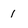
Character: i